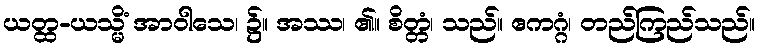
ယတ္ထ-ယသ္မိံ အာဝါသေ၊ ၌။ အဿ၊ ၏။ စိတ္တံ၊ သည်။ ဧကဂ္ဂံ၊ တည်ကြည်သည်။